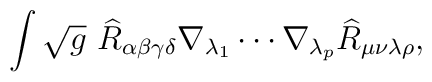
\int \sqrt{g}~\widehat{R}_{\alpha \beta \gamma \delta }\nabla _{\lambda_{1}}\cdots \nabla _{\lambda _{p}}\widehat{R}_{\mu \nu \lambda \rho },